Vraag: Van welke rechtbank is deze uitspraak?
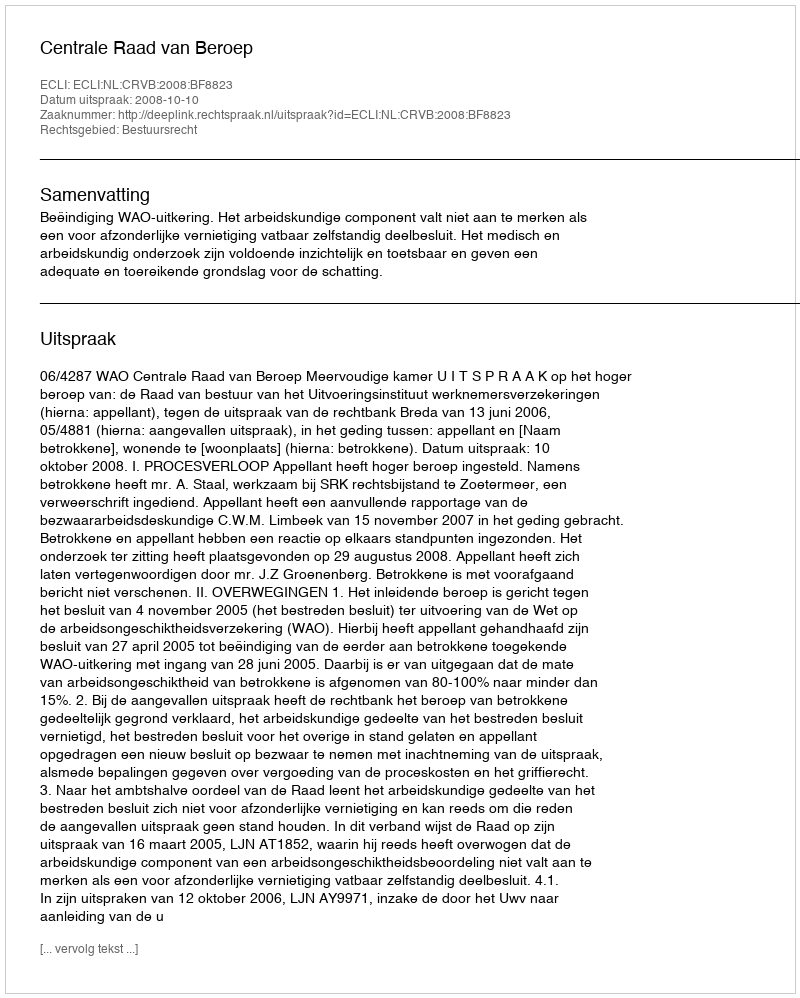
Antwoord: Centrale Raad van Beroep